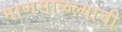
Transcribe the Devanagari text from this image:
माणसाळल्याची